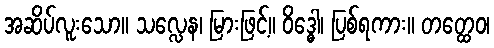
အဆိပ်လူးသော။ သလ္လေန၊ မြားဖြင့်။ ဝိဒ္ဓေါ၊ ပြစ်ရကား။ တတ္ထေဝ၊